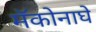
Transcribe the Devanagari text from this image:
मॅकोनाघे